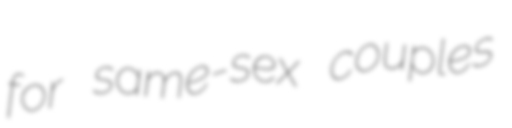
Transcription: for same-sex couples